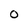
Character: O